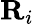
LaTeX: \mathbf{R}_{i}